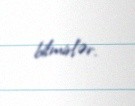
bilmirlər.